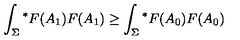
\int _ { \Sigma } { ^ \ast } F ( A _ { 1 } ) F ( A _ { 1 } ) \geq \int _ { \Sigma } { ^ \ast } F ( A _ { 0 } ) F ( A _ { 0 } )